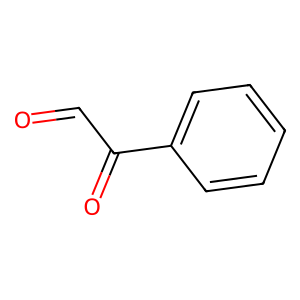
SMILES: O=CC(=O)c1ccccc1
Inhibits HIV replication: No